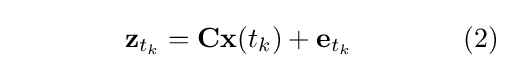
\qquad \qquad \mathbf {z} _{t_{k}}=\mathbf {Cx} (t_{k})+\mathbf {e} _{t_{k}}\qquad \qquad (2)